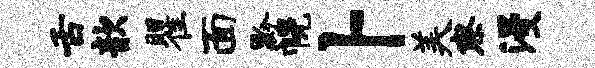
舌歆瞿面黔幌卜美察漫